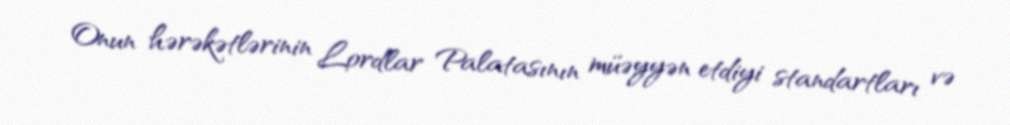
Onun hərəkətlərinin Lordlar Palatasının müəyyən etdiyi standartları və